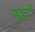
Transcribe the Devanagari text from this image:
यदूदी